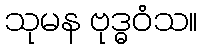
သုမန ဗုဒ္ဓဝံသ။